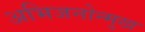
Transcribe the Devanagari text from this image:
अभिजनोन्मुख